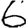
Digit: 6